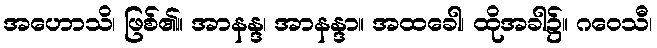
အဟောသိ၊ ဖြစ်၏။ အာနန္ဒ၊ အာနန္ဒာ။ အထခေါ၊ ထိုအခါ၌။ ဂဝေသီ၊